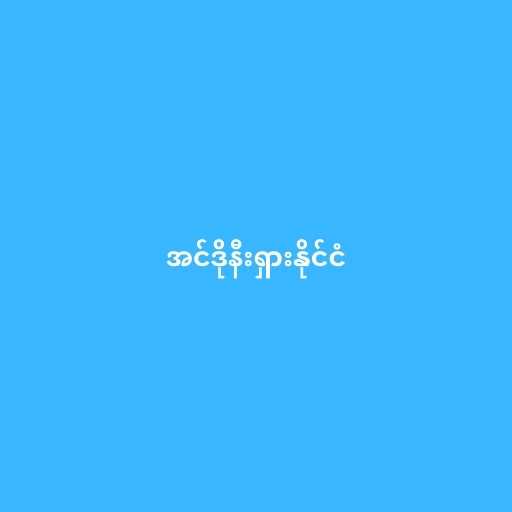
အင်ဒိုနီးရှားနိုင်ငံ